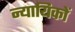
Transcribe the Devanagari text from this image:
न्यायिकों